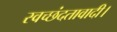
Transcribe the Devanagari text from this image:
स्वच्छंदतावादी।